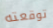
توقعته